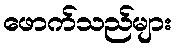
ဖောက်သည်များ